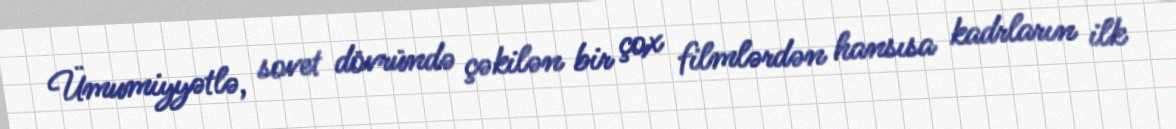
Ümumiyyətlə, sovet dövründə çəkilən bir çox filmlərdən hansısa kadrların ilk